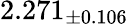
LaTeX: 2.271_{\pm 0.106}